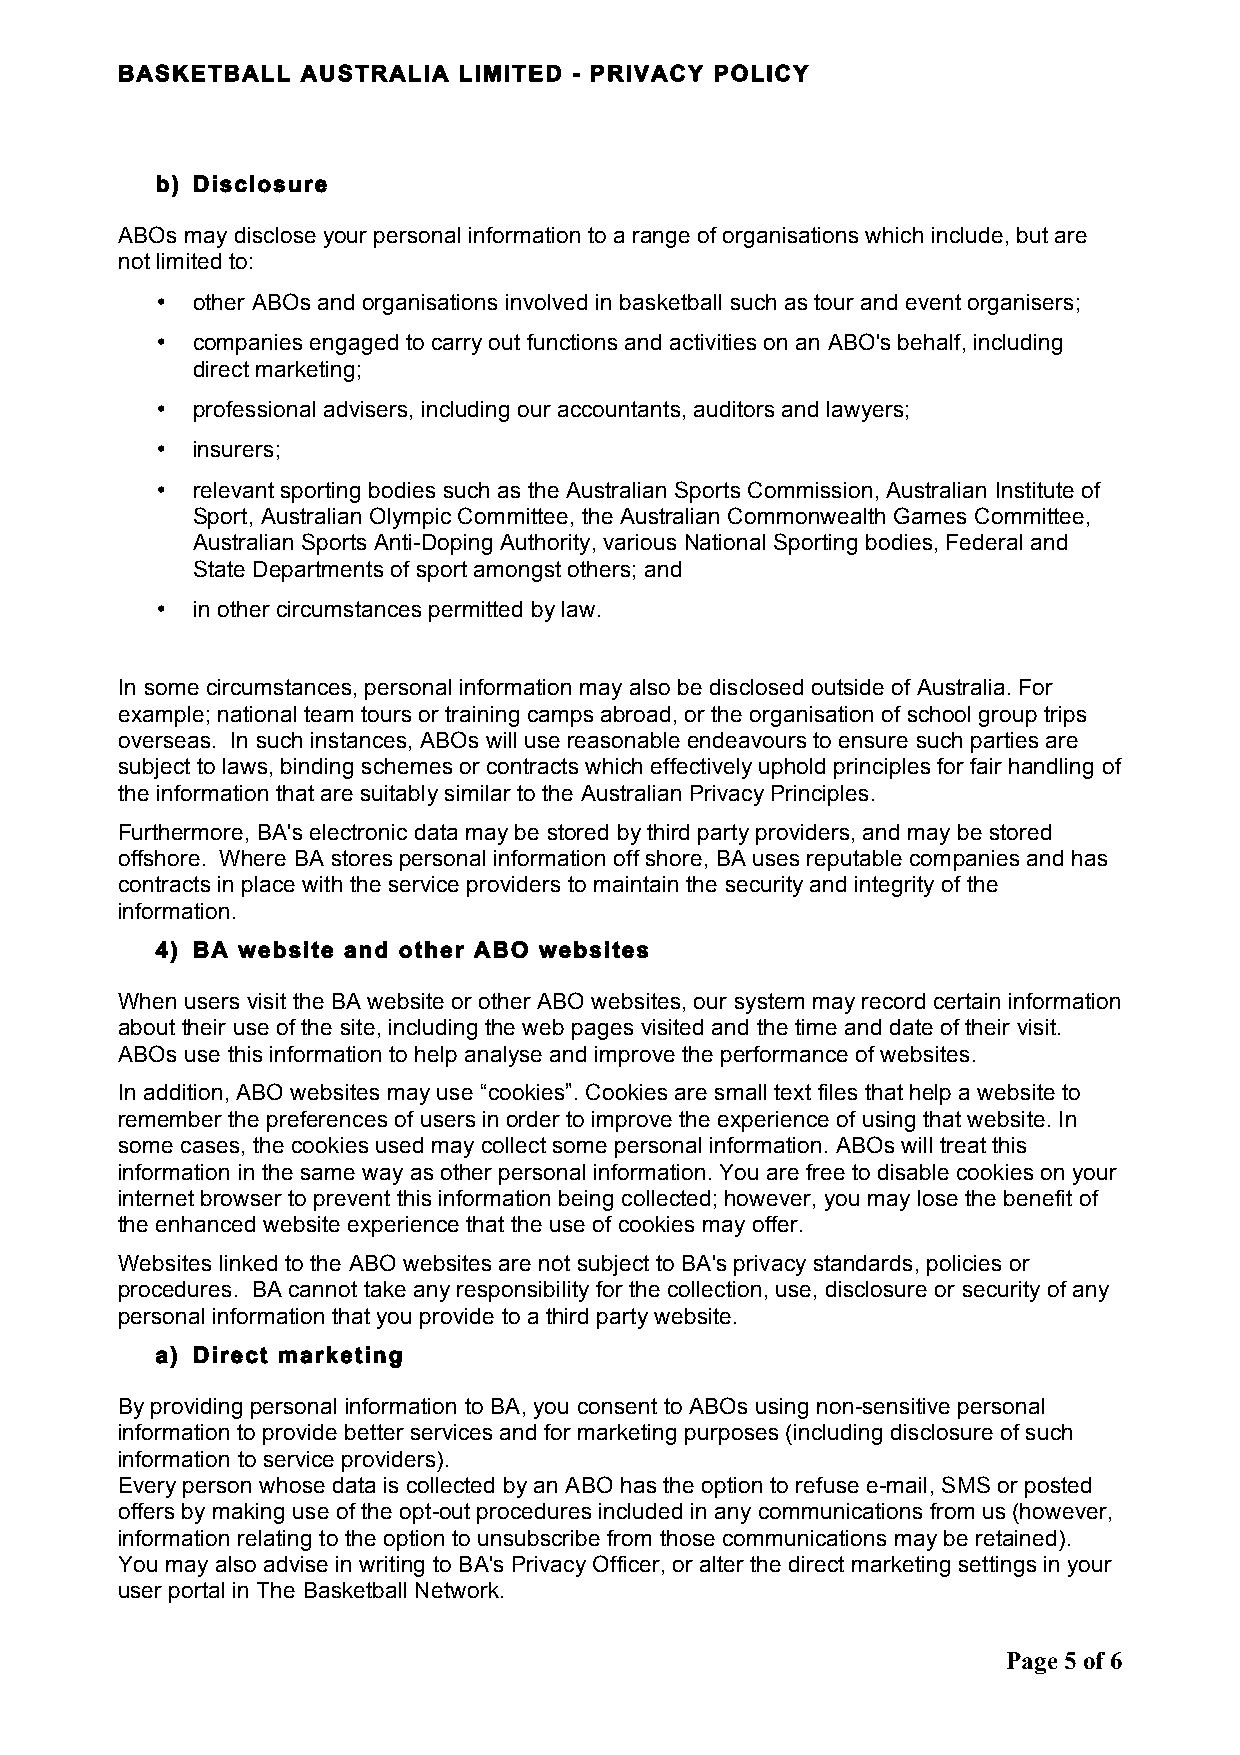
BASKETBALL  AUSTRALIA LIMITED - PRIVACY POLICY
 b) Disclosure
 ABOs may disclose your personal information to a range of organisations which include, but are
 not limited to:
 •  other ABOs and organisations involved in basketball such as tour and event organisers;
 •  companies engaged to carry out functions and activities on an ABO's behalf, including
 direct marketing;
 •  professional advisers, including our accountants, auditors and lawyers;
 •  insurers;
 •  relevant sporting bodies such as the Australian Sports Commission, Australian Institute of
 Sport, Australian Olympic Committee, the Australian Commonwealth Games Committee,
 Australian Sports Anti-Doping Authority, various National Sporting bodies, Federal and
 State Departments of sport amongst others; and
 •  in other circumstances permitted by law.
 In some circumstances, personal information may also be disclosed outside of Australia. For
 example; national team tours or training camps abroad, or the organisation of school group trips
 overseas. In such instances, ABOs will use reasonable endeavours to ensure such parties are
 subject to laws, binding schemes or contracts which effectively uphold principles for fair handling of
 the information that are suitably similar to the Australian Privacy Principles.
 Furthermore, BA's electronic data may be stored by third party providers, and may be stored
 offshore. Where BA stores personal information off shore, BA uses reputable companies and has
 contracts in place with the service providers to maintain the security and integrity of the
 information.
 4) BA website and other ABO websites
 When users visit the BA website or other ABO websites, our system may record certain information
 about their use of the site, including the web pages visited and the time and date of their visit.
 ABOs use this information to help analyse and improve the performance of websites.
 In addition, ABO websites may use “cookies”. Cookies are small text files that help a website to
 remember the preferences of users in order to improve the experience of using that website. In
 some cases, the cookies used may collect some personal information. ABOs will treat this
 information in the same way as other personal information. You are free to disable cookies on your
 internet browser to prevent this information being collected; however, you may lose the benefit of
 the enhanced website experience that the use of cookies may offer.
 Websites linked to the ABO websites are not subject to BA's privacy standards, policies or
 procedures. BA cannot take any responsibility for the collection, use, disclosure or security of any
 personal information that you provide to a third party website.
 a) Direct marketing
 By providing personal information to BA, you consent to ABOs using non-sensitive personal
 information to provide better services and for marketing purposes (including disclosure of such
 information to service providers).
 Every person whose data is collected by an ABO has the option to refuse e-mail, SMS or posted
 offers by making use of the opt-out procedures included in any communications from us (however,
 information relating to the option to unsubscribe from those communications may be retained).
 You may also advise in writing to BA's Privacy Officer, or alter the direct marketing settings in your
 user portal in The Basketball Network.
 Page 5 of 6